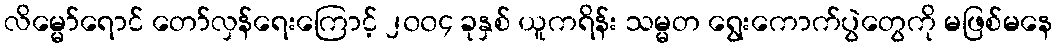
လိမ္မော်ရောင် တော်လှန်ရေးကြောင့် ၂၀၀၄ ခုနှစ် ယူကရိန်း သမ္မတ ရွေးကောက်ပွဲတွေကို မဖြစ်မနေ